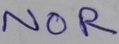
Text: NOR